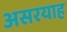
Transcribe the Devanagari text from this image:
असरयाह